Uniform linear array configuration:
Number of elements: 8
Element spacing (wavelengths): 0.25
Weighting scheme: cosine
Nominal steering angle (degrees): -30
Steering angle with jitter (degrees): -31.262
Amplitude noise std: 0.05
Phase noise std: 0.05

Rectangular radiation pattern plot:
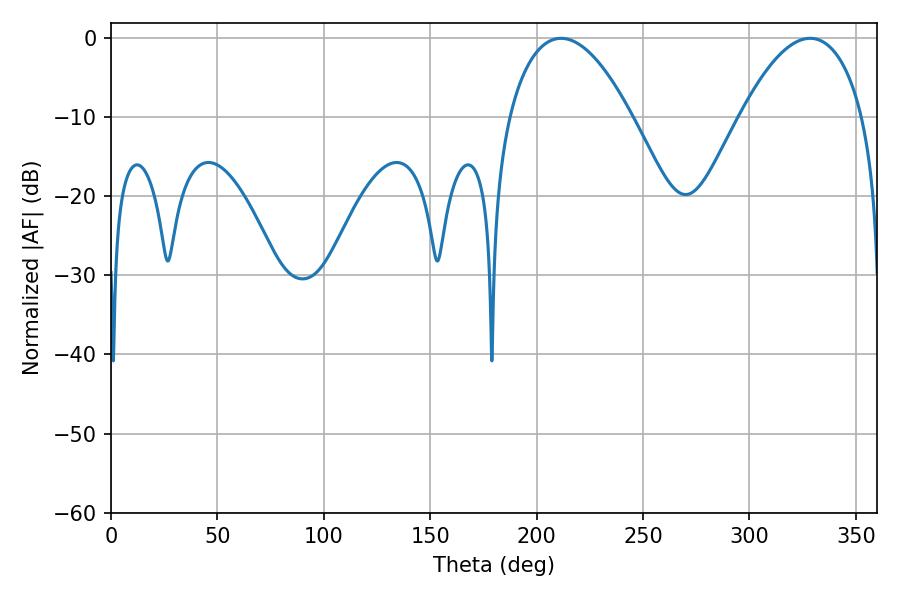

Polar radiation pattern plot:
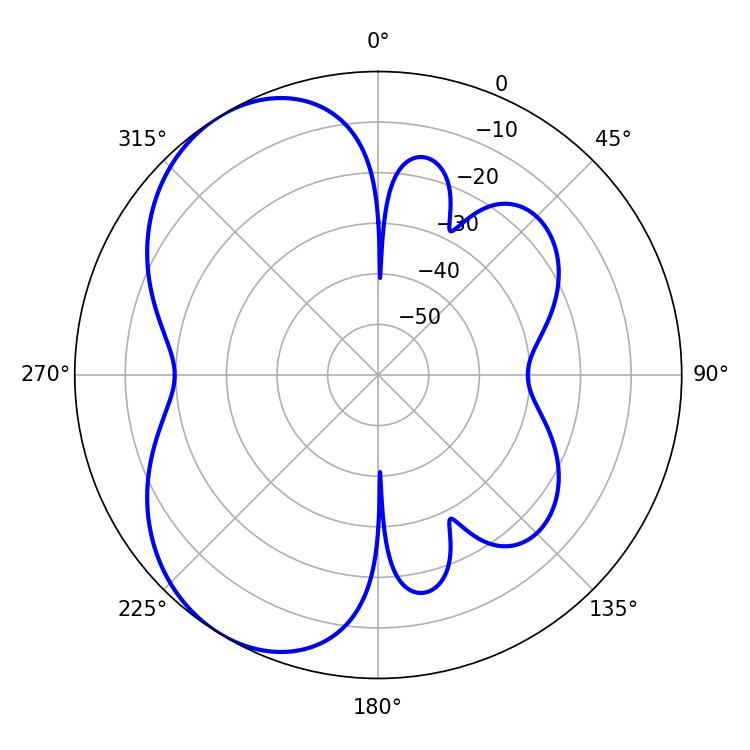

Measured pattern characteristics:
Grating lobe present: FALSE
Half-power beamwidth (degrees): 32.04
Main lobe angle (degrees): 328.5